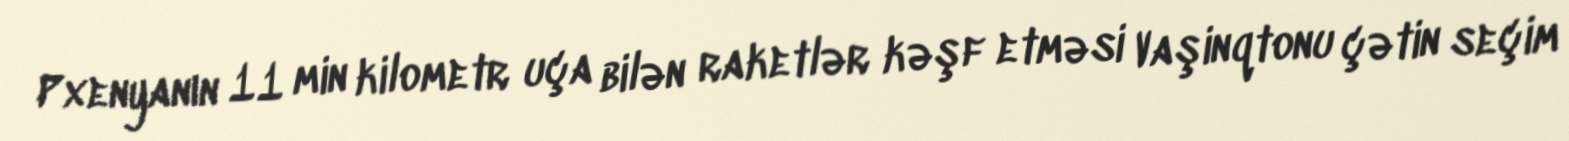
Pxenyanın 11 min kilometr uça bilən raketlər kəşf etməsi Vaşinqtonu çətin seçim